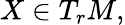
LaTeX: X\in T_{r}M,